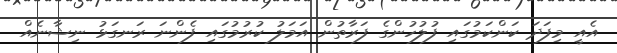
އެއީ މިފަދަ ކަންކަމުގައި ފުލުހުންގެ ފަރާތުން އަމަލު ކުރުމުގައި ފެންނަ ރަނގަޅު ނިޝާނެއް